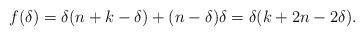
LaTeX: \begin{align*} f(\delta) = \delta(n+k-\delta) + (n-\delta)\delta = \delta(k+2n-2\delta).\end{align*}